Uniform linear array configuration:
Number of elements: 8
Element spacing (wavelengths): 0.75
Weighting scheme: hann
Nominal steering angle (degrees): -60
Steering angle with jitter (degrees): -61.904
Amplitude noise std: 0.05
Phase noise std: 0.05

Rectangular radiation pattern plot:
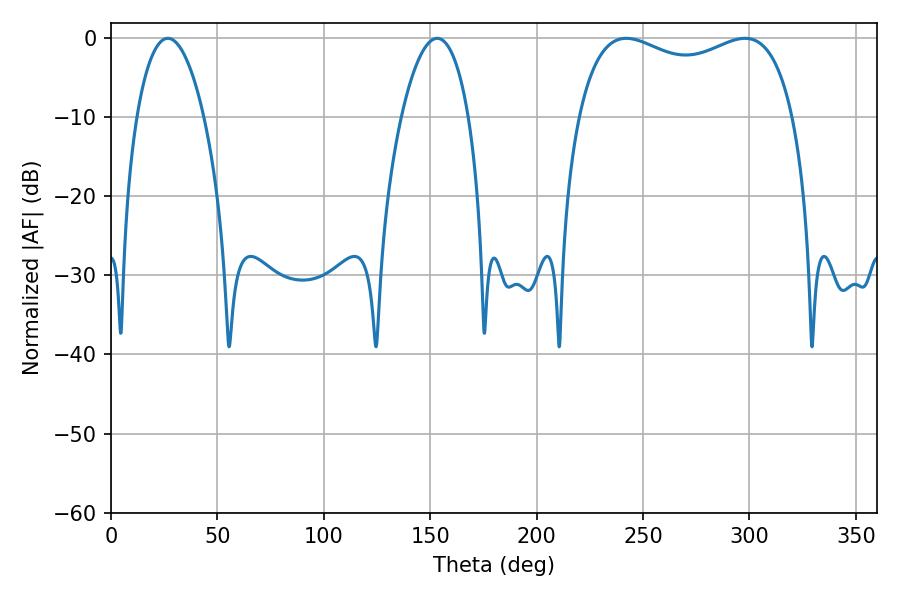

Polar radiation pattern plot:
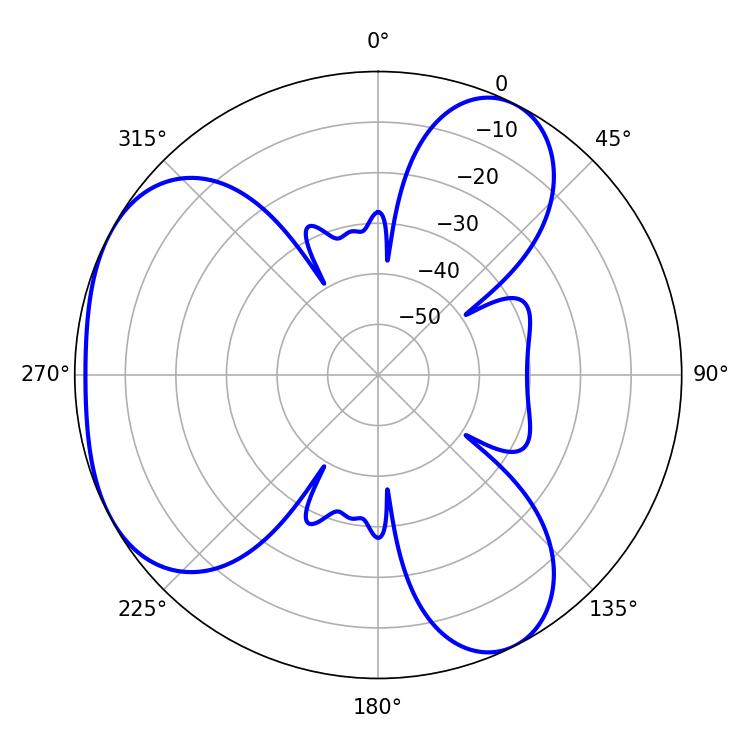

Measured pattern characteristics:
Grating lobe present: TRUE
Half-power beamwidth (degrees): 83.52
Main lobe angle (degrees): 242.1